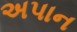
અપાન